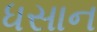
ધસાન